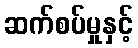
ဆက်စပ်မှုနှင့်